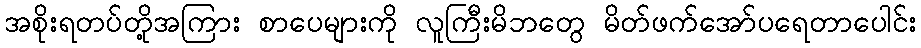
အစိုးရတပ်တို့အကြား စာပေများကို လူကြီးမိဘတွေ မိတ်ဖက်အော်ပရေတာပေါင်း